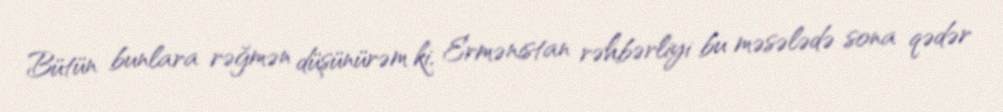
Bütün bunlara rəğmən düşünürəm ki, Ermənistan rəhbərliyi bu məsələdə sona qədər